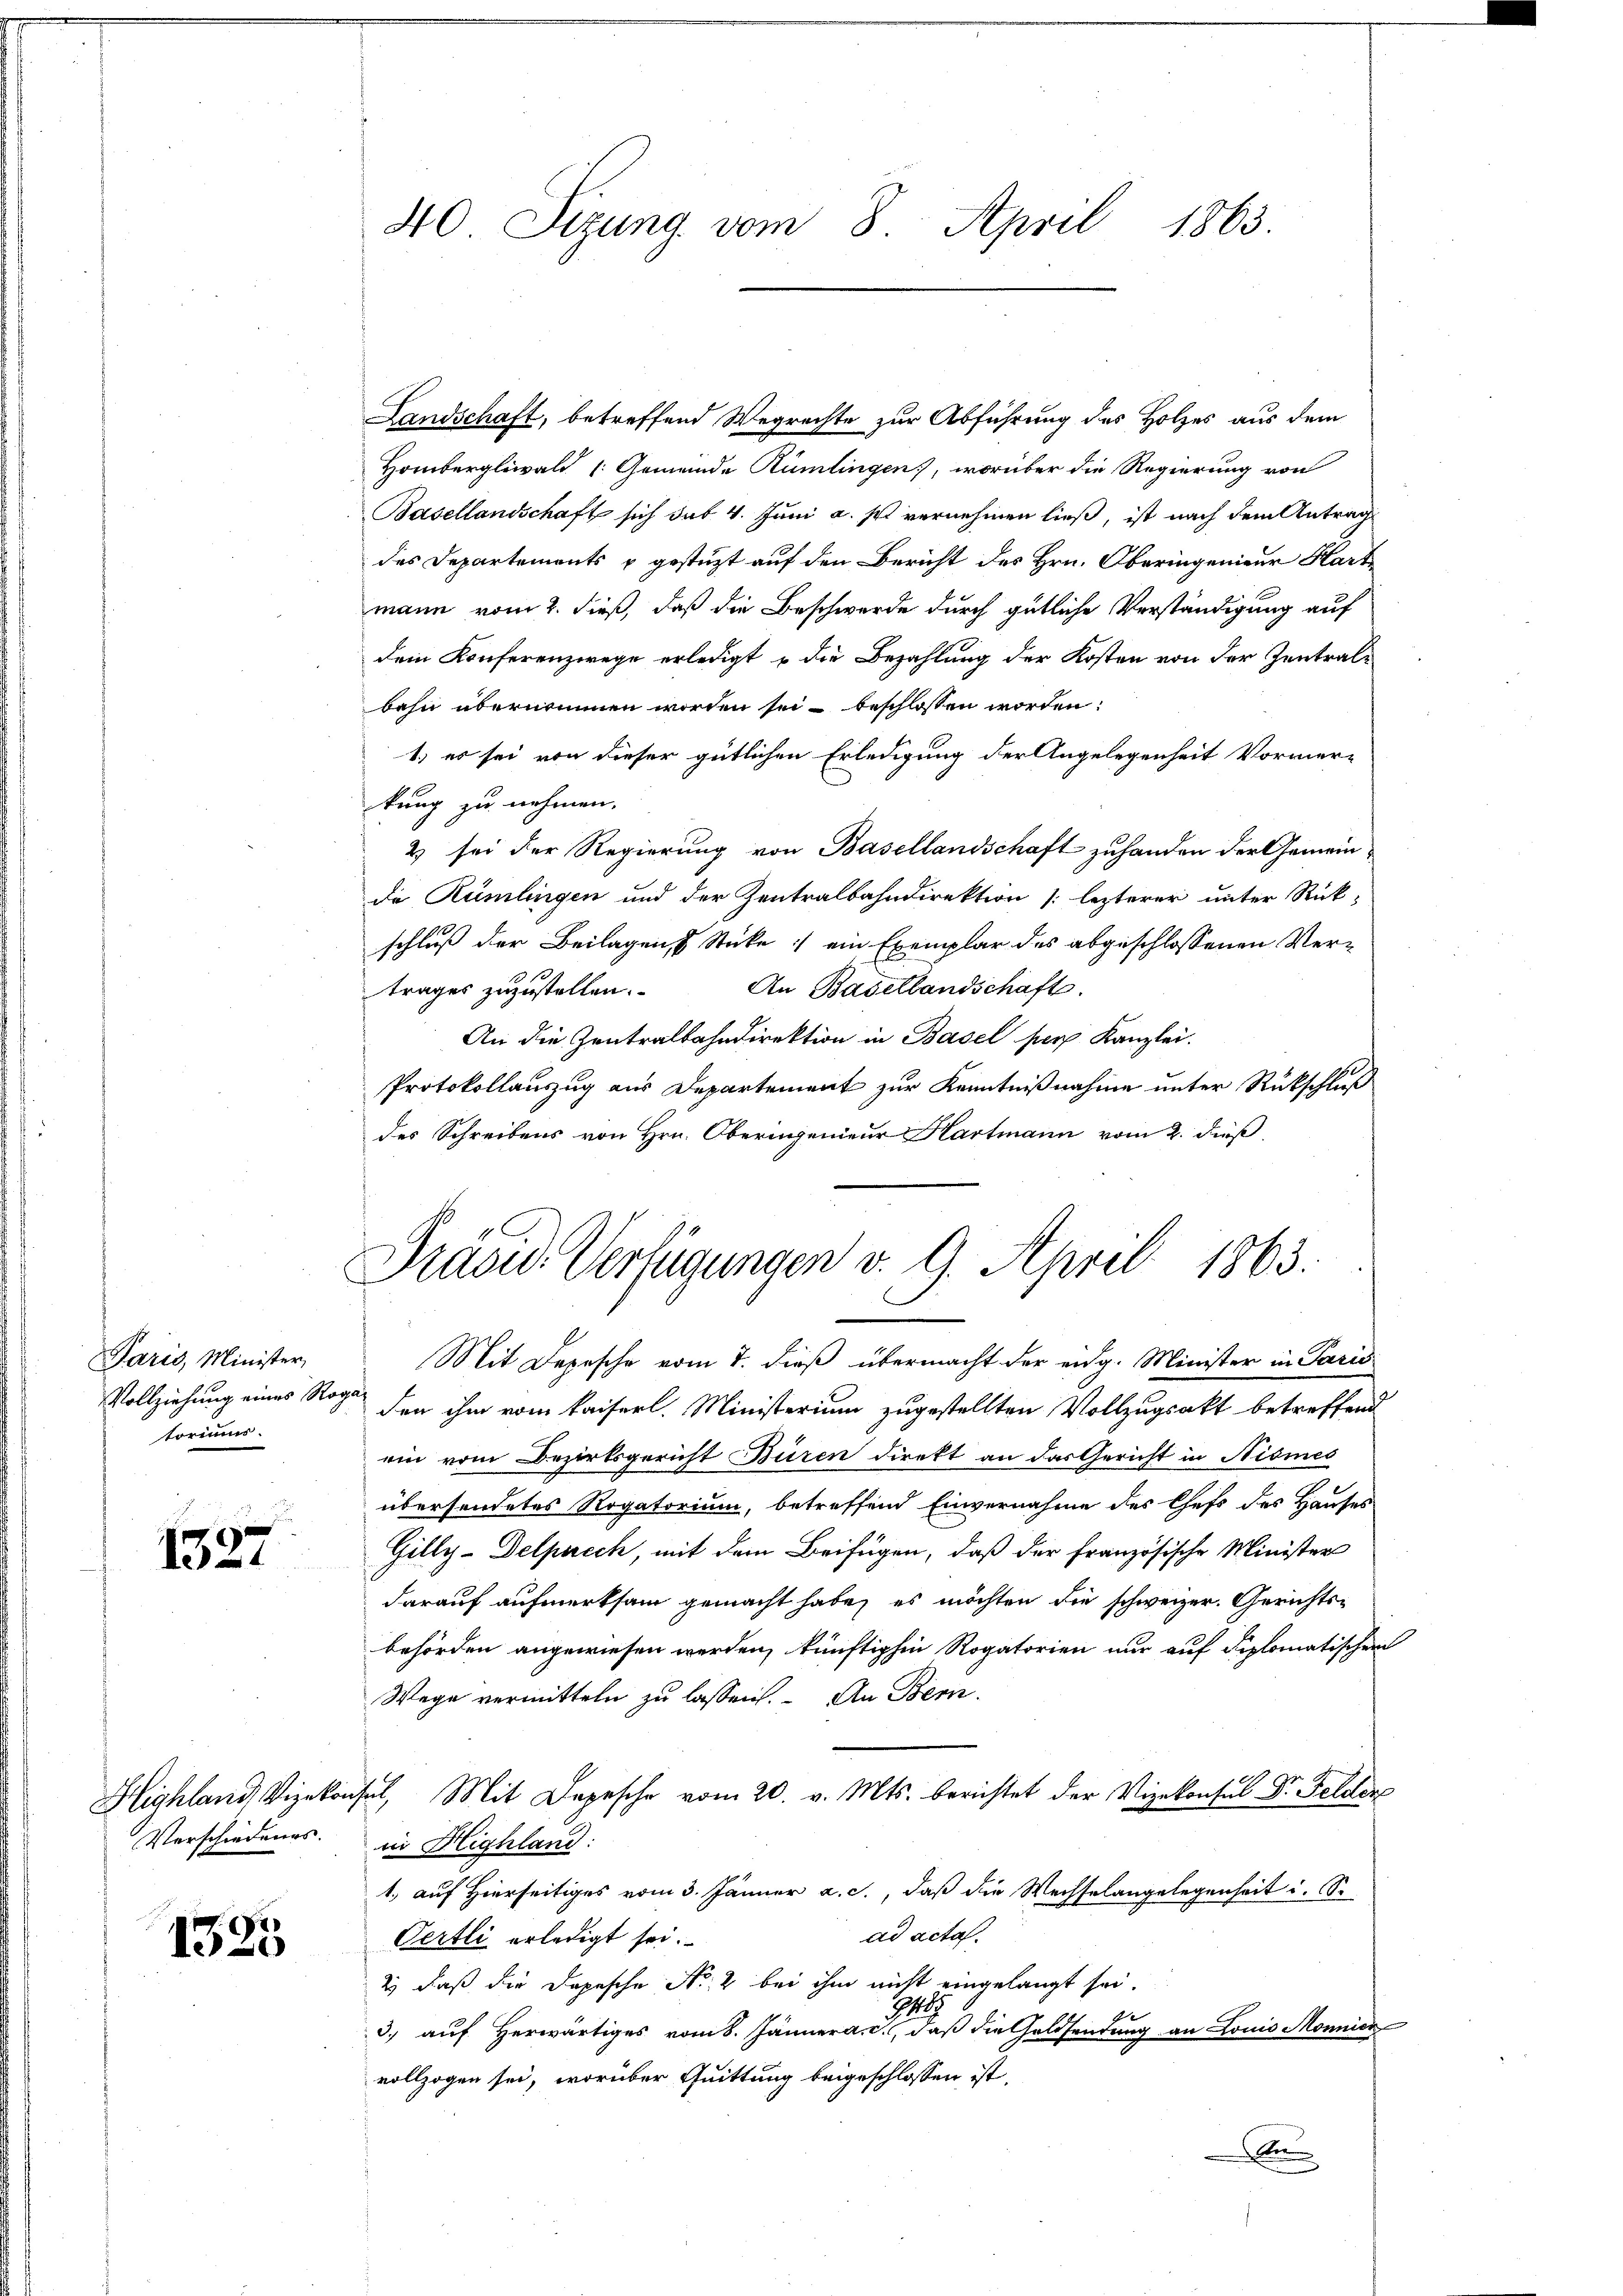
Paris, Minister,
Vollziehung eines Rog
toriums.

x
131

Highland, Vizekon,
Verschiedenes.

1525

40 Sizung vom 8. April 1863.

Landschaft, betreffend Wegrechte zur Abführung des Holzes aus dem
Hombergliwald (: Gemeinde Kümtingen, worüber die Regierung von
Basellandschaft sich das 4. Juni a. p. vernehmen ließ, ist nach dem Antrag
des Departements u gestützt auf den Bericht des Hrn. Oberingenieur Hart
mann vom 2. dieß, daß die Beschwerde durch gütliche Verständigung auf
dem Konferenzwege erledigt u die Bezahlung der Kosten von der Zentralbahn übernommen worden sei beschlossen worden:
1.) es sei von dieser gütlichen Erledigung der Angelegenheit Vormer-
kung zu nehmen.
2 sei der Regierung von Basellandschaft zuhanden der Gemeinde Rümlangen und der Zentralbahndirektion [lezterer unter Rück-
schluß der Beilagen Stücke: ein Exemplar des abgeschlossenen Vertrages zŭzŭstellen. An Basellandschaft.
An die Zentralbahndirektion in Basel per Kanzlei.
Protokollauszug aus Departement zur Kenntnißnahme unter Rückschluß
des Schreibens von Hrn. Oberingenieur Hartmann vom 2. dieß,
Mit Depesche vom 7. dieß übermacht der eidg. Minister in Paris
den ihm vom kaiserl. Ministerium zugestellten Vollzugsakt betreffend
ein vom Bezirksgericht Büren direkt an das Gericht in Nismes
übersendetes Rogatorium, betreffend Einvernahme des Chefs des Hauses
Gilly-Delpuech, mit dem Beifügen, daß der französische Minister
darauf aufmerksam gemacht habe, es möchten die schweizer. Gerichtsbehörden angewiesen werden, künftighin Rogatorien nur auf diplomatischen
Wege vermitteln zu lassen. An Bern.
sel, Mit Depesche vom 20. v. Mts. berichtet der Vizekonsul Dr. Felder
in Highland:
1., auf Hierseitiges vom 3. Jänner a. c., daß die Wechselangelegenheit u. S.
ad acta.
Oertli erledigt sei.
2) daß die Depesche No. 2 bei ihm nicht eingelangt sei.
74
3. auf Herwärtiges vom 8. Jänner a. c., daß die Geldsendung an Louis Mönnick
vollzogen sei, worüber Quittung beigeschlossen ist.
A

Präsid. Verfügungen v. 9. April 1863.